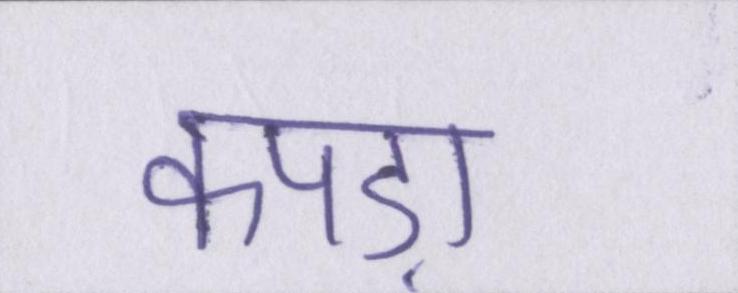
कपड़ा